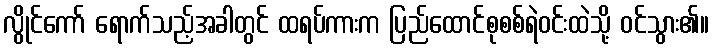
လွိုင်ကော် ရောက်သည့်အခါတွင် ထရပ်ကားက ပြည်ထောင်စုစစ်ရဲဝင်းထဲသို့ ဝင်သွား၏။